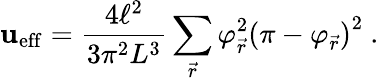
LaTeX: \mathbf{u}_{\mathrm{{eff}}}=\frac{{4\ell^{2}}}{{3\pi^{2}L^{3}}}\sum_{\vec{{r}}}\varphi_{\vec{{r}}}^{2}\left(\pi-\varphi_{\vec{{r}}}\right)^{2}\ .